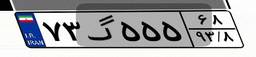
۰۵گ۱۹۰۷۰